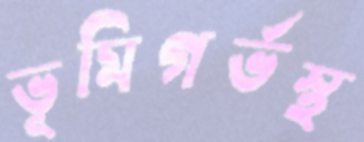
ভূমিগর্ভস্থ